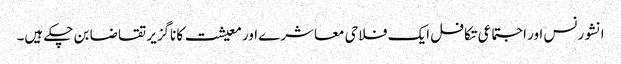
انشورنس اور اجتماعی تکافل ایک فلاحی معاشرے اور معیشت کا ناگزیر تقاضا بن چکے ہیں۔